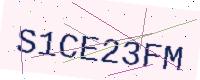
Text: S1CE23FM